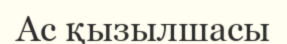
Ас қызылшасы